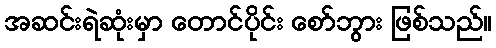
အဆင်းရဲဆုံးမှာ တောင်ပိုင်း စော်ဘွား ဖြစ်သည်။